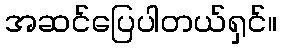
အဆင်ပြေပါတယ်ရှင်။